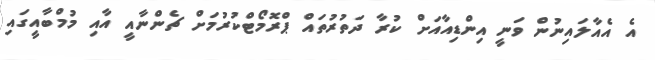
އެ އެއާލައިނުން ވަނީ އިންޑިއާއަށް ކުރާ ދަތުރުތައް ޕްރޮމޯޓްކުރުމަށް ޗެންނާއީ އާއި މުމްބާއީގައި